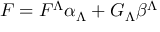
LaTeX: { \cal F } = { \cal F } ^ { \Lambda } \alpha _ { \Lambda } + { \cal G } _ { \Lambda } \beta ^ { \Lambda }